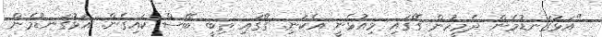
"އަޅުގަނޑުމެން ދެމީހުން ގޭގައި މިއުޅެނީ އެކަނި. ގޭގައި ތިބީ ބޭސް ކައިގެން. އަޅުގަނޑުމެން